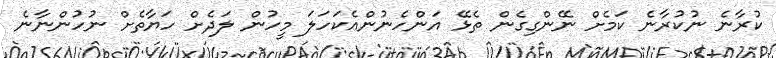
ކުރާނެ ނުކުރާނެ ކަމެށް ނޭންގިގެން ތެޅޭ އަންހެނުންއެކަހަލަ މީހުން ލަދެށް ހަޔާތެށް ނުހުންނާނެ